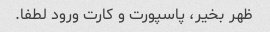
ظهر بخیر، پاسپورت و کارت ورود لطفا.